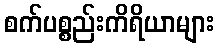
စက်ပစ္စည်းကိရိယာများ